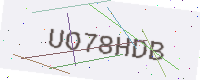
Text: UO78HDB